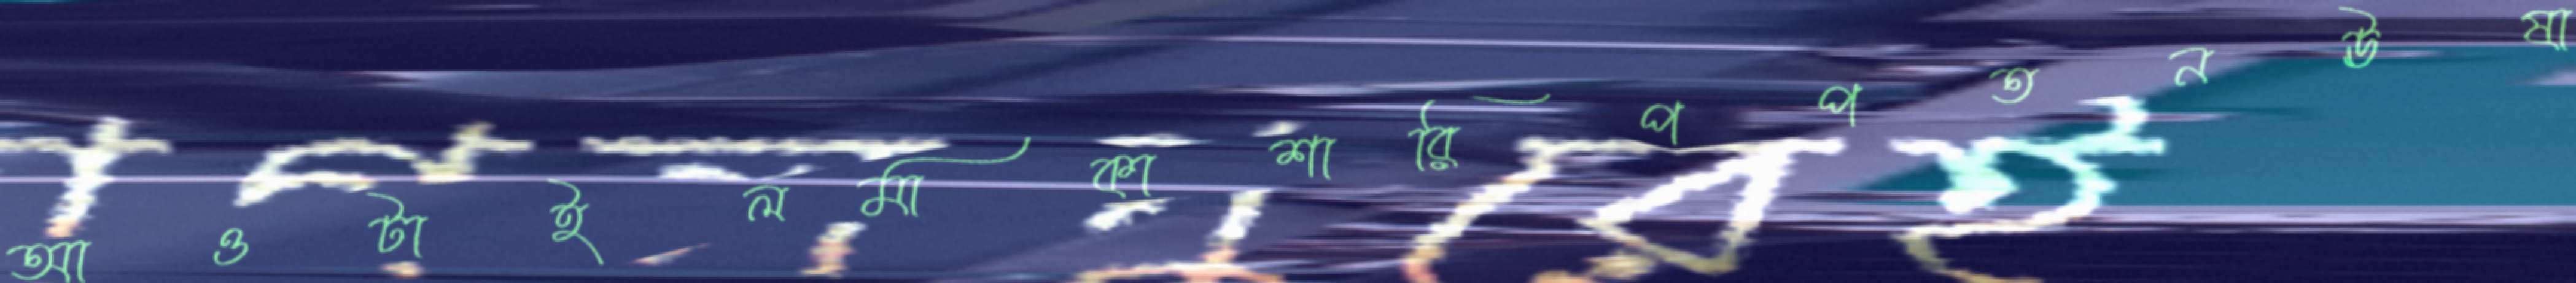
আওটাইলমাকাশারিপপতনঊষা